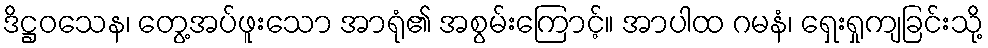
ဒိဋ္ဌဝသေန၊ တွေ့အပ်ဖူးသော အာရုံ၏ အစွမ်းကြောင့်။ အာပါထ ဂမနံ၊ ရှေးရှုကျခြင်းသို့